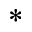
^ \ast